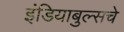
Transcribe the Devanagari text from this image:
इंडियाबुल्सचे